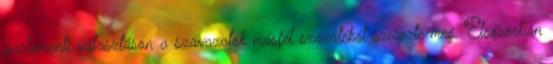
parlamenti választáson a szavazatok másfél százalékát szerezte meg. Elsősorban